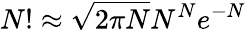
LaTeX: N!\approx{\sqrt{2\pi N}}N^{N}e^{-N}